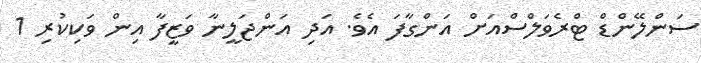
ސަންލޭންޑް ޓްރެވަލްސްއަށް އަންގާފަ އެވެ. އަދި އަންޖަލީނާ ވަޒީފާ އިން ވަކިކުރި 1